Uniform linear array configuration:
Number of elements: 24
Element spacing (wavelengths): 0.75
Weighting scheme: uniform
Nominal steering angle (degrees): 45
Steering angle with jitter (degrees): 44.652
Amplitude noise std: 0.05
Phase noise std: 0.05

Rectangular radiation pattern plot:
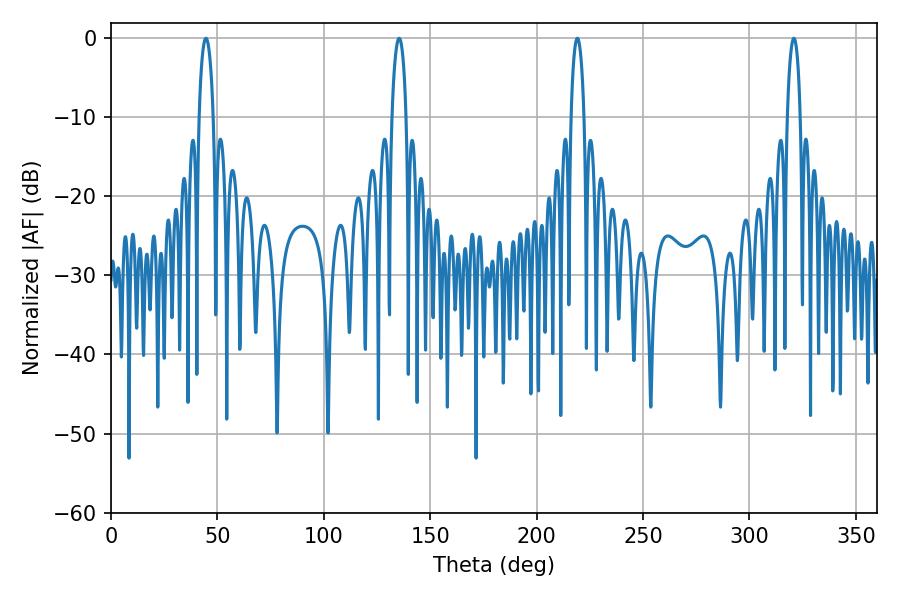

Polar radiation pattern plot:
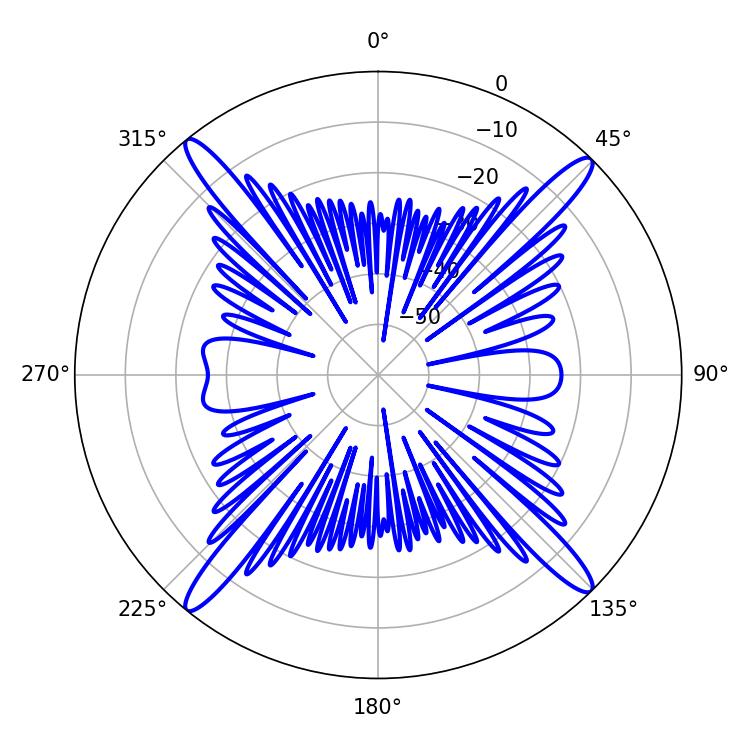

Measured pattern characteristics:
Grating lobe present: TRUE
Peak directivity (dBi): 20.121
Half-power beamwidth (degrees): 3.6
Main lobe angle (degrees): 44.64